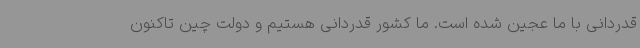
قدردانی با ما عجین شده است. ما کشور قدردانی هستیم و دولت چین تاکنون